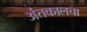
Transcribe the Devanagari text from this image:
अंतकालचा